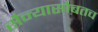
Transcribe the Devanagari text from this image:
सैन्यासोबतच